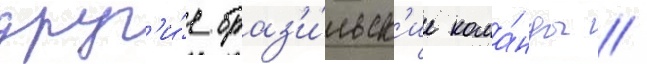
друг'и́е браз'и́льск'ие кома́нды //